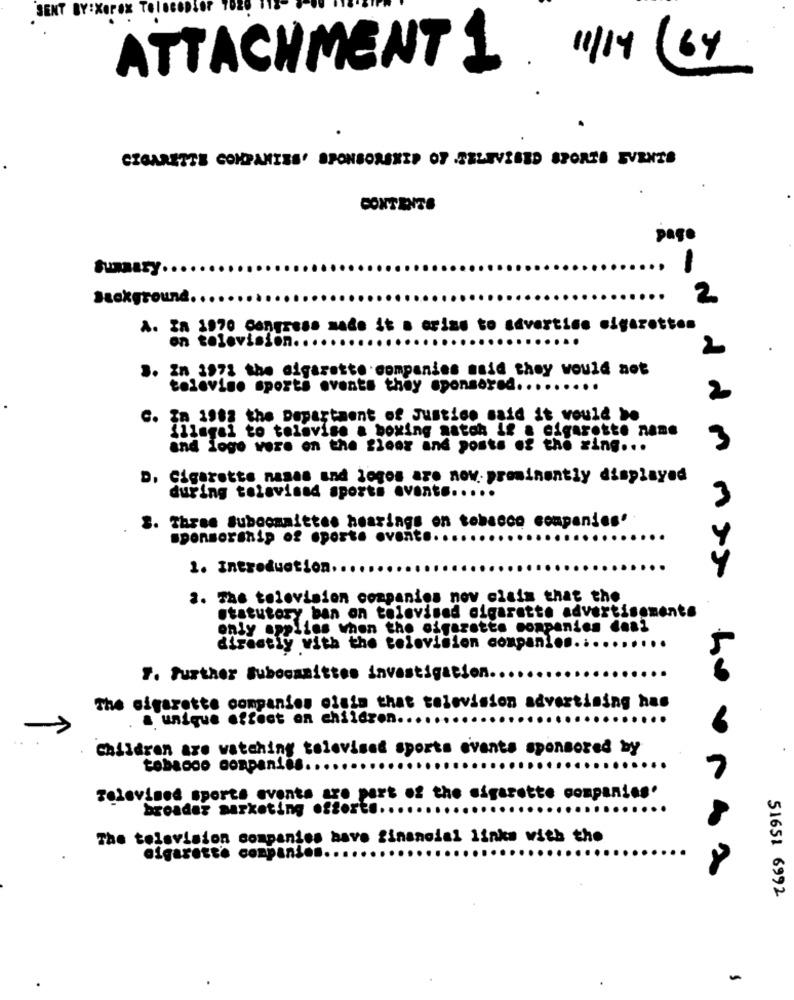
SENT BY:XOPOX TO
ATTACHMENT 1. 1 (64
CIGARETTE COMPANIES' SPONSORSHIP OF TELEVISED SPORTS SVRNTS
CONTENTE
page
...
Summary ..
...
Background ..
2
A. In 1970 Congress made it a arias to advertise cigarettes
on television ...
2
In 1971 the cigarette companies said they would not
3.
televiso sports events they sponsored ....
.....
2
C. In 1988 the Department of Justice said it would be
illegal to tolavise a boxing natch if a cigarette name
and logo were on the floor and posts of the ring ...
D. Cigarette nasas and logos are now prominently displayed
during tolavisad sports event ......
3
S. Three Subcommittee hearings on tobacco companies'
sponsorship of sporte ovant ...
Y
1. Introduction.
2. The television companies now claim that the
statutory ban on televised cigarette advertisements
only applies when the cigarette companies deal
directly with the television companion ..........
F. Further Subocanittes investigation ..
The sigarette companies cisis that television advertising has
& unique effect on children ..
..
-
.
Children are watching televised sports events sponsored by
tobacco companies ..
Televised sports events are part of the sigarette companies.
broader marketing oftort .....
The television companies have financial links with the
algarest's companies.
51651 6992